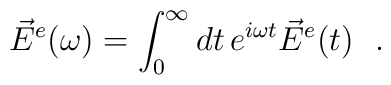
\vec{E}^e(\omega) = \int_0^\infty dt \, e^{i\omega t} \vec{E}^e(t)~~.